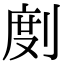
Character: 剫